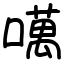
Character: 噧